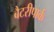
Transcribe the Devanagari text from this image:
बैटरीपार्क